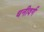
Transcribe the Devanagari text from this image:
धनीवर्ग